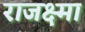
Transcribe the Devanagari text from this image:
राजक्ष्मा